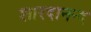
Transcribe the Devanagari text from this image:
शारदानन्द